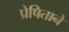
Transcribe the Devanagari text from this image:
प्रेषिताने